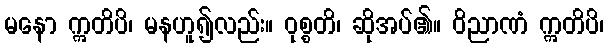
မနော ဣတိပိ၊ မနဟူ၍လည်း။ ဝုစ္စတိ၊ ဆိုအပ်၏။ ဝိညာဏံ ဣတိပိ၊